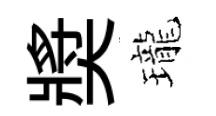
奬瓏